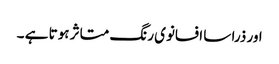
اور ذرا سا افسانوی رنگ متاثر ہوتا ہے ۔